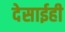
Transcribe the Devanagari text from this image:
देसाईही